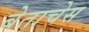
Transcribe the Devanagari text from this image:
बेताचेस